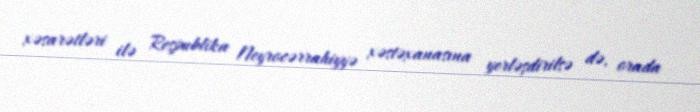
xəsarətləri ilə Respublika Neyrocərrahiyyə xəstəxanasına yerləşdirilsə də, orada